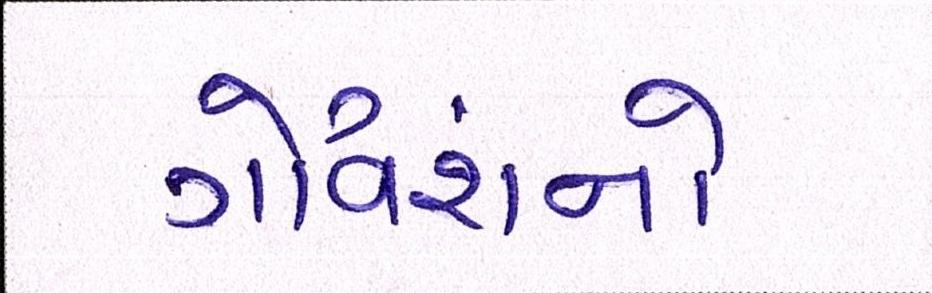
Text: ગૌવંશનો